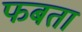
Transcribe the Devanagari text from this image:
फबता